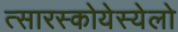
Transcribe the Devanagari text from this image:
त्सारस्कोयेस्येलो